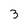
Character: 3